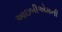
આઇબીએમની